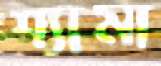
শ্যামা